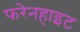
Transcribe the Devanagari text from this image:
फरेनहाइट